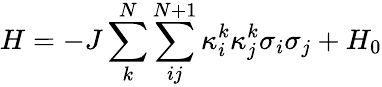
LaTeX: H=-J\sum_{k}^{N}{\sum_{ij}^{N+1}{\kappa_{i}^{k}\kappa_{j}^{k}{{\sigma}_{i}}{{\sigma}_{j}}}}+{{H}_{0}}